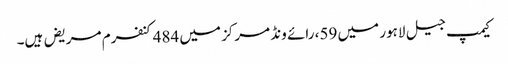
کیمپ جیل لاہور میں 59، رائے ونڈ مرکز میں 484کنفرم مریض ہیں۔